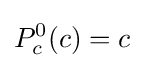
P_{c}^{0}(c)=c